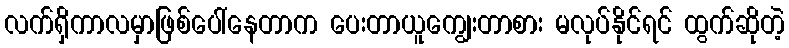
လက်ရှိကာလမှာဖြစ်ပေါ်နေတာက ပေးတာယူကျွေးတာစား မလုပ်နိုင်ရင် ထွက်ဆိုတဲ့